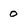
Character: 0